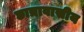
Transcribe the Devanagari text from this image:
छात्रावासीय